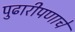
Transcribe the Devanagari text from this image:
पुढारीपणाचे